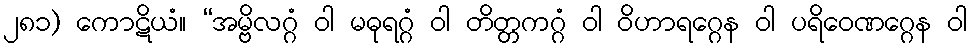
၂၈၁) ကောဋိယံ။ “အမ္ဗိလဂ္ဂံ ဝါ မဓုရဂ္ဂံ ဝါ တိတ္တကဂ္ဂံ ဝါ ဝိဟာရဂ္ဂေန ဝါ ပရိဝေဏဂ္ဂေန ဝါ